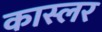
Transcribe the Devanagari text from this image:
कास्लर